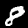
Digit: 8